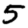
Digit: 5